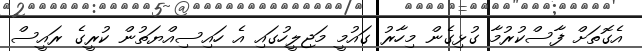
އެގޮތަށް ފާސްކުރުމާ ގުޅިގެން މިހާރު ގައުމީ މަޖިލީހުގައި އެ ހައިސިއްޔަތުން ކުރީގެ ރައީސް